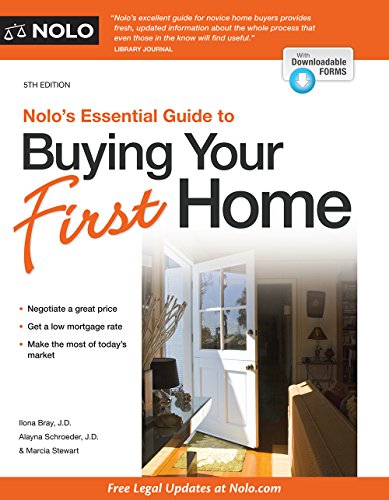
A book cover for Nolo's Essential Guide to Buying Your First Home (Nolo's Essential Guidel to Buying Your First House); Ilona Bray J.D.; Business & Money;